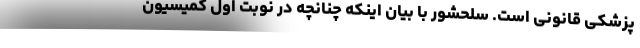
پزشکی قانونی است. سلحشور با بیان اینکه چنانچه در نوبت اول کمیسیون